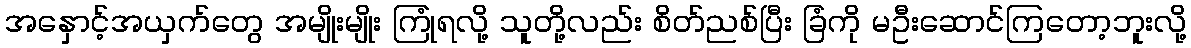
အနှောင့်အယှက်တွေ အမျိုးမျိုး ကြုံရလို့ သူတို့လည်း စိတ်ညစ်ပြီး ခြံကို မဦးဆောင်ကြတော့ဘူးလို့